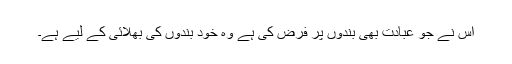
اُس نے جو عبادت بھی بندوں پر فرض کی ہے وہ خود بندوں کی بھلائی کے لیے ہے۔